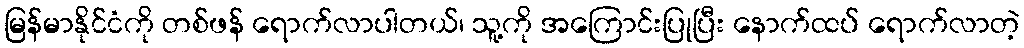
မြန်မာနိုင်ငံကို တစ်ဖန် ရောက်လာပါတယ်၊ သူ့ကို အကြောင်းပြုပြီး နောက်ထပ် ရောက်လာတဲ့